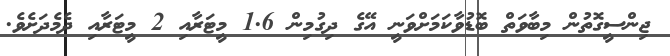
ޖިންސީގޮތުން މިބާވަތް ބޮޑުވާކަމަށްވަނީ އޭގެ ދިގުމިން 1.6 މީޓަރާއި 2 މީޓަރާއި ދެމެދަށެވެ.